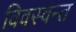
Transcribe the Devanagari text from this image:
विवस्वन्त